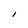
Character: I